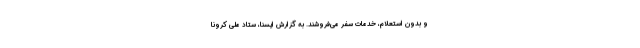
و بدون استعلام، خدمات سفر می‌فروشند. به گزارش ایسنا، ستاد ملی کرونا